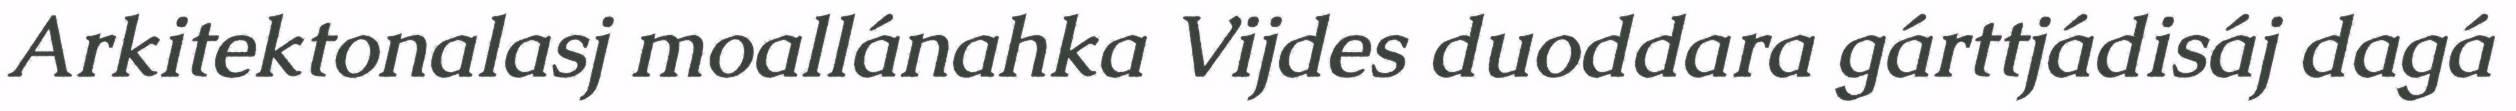
Arkitektonalasj moallánahka Vijdes duoddara gárttjádisáj dagá